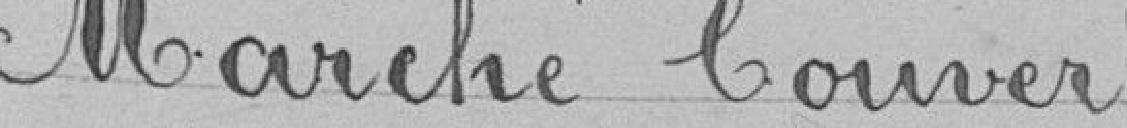
Marché Couvert